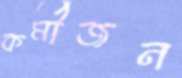
কর্মীজন